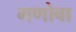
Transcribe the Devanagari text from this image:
गणोबा